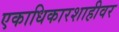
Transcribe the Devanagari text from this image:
एकाधिकारशाहीवर